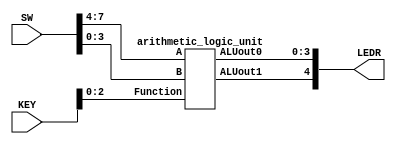
module practice(SW, KEY, LEDR);
	input [9:0] SW;
	input [9:0] KEY;
	output [9:0] LEDR;

	arithmetic_logic_unit a0(
			.A(SW[7:4]),
			.B(SW[3:0]),
			.Function(KEY[2:0]),
			.ALUout0(LEDR[3:0]),
			.ALUout1(LEDR[4])
			);

endmodule

module arithmetic_logic_unit(A, B, Function, ALUout0, ALUout1);
	input [3:0]A;
	input [3:0]B;
	input [2:0]Function;
	output [3:0]ALUout0;
	output ALUout1;
	
	wire [3:0]Connection0_0, Connection1_0;
	wire Connection0_1, Connection1_1;

	adder_curcuit u0(
			.X(A[3:0]),
			.Y(4'b0001),
			.cin(1'b0),
			.S(Connection0_0),
			.cout(Connection0_1)
			);
	
	adder_curcuit u1(
			.X(A[3:0]),
			.Y(B[3:0]),
			.cin(1'b0),
			.S(ALUout0[3:0]),
			.cout(ALUout1)
			);


endmodule

module combine(a, b, c, d, e);
	input [3:0]a;
	input b;
	input [3:0]c;
	input d;
	output [7:0]e;

	assign e = {3'b000, a, b, c, d};

endmodule


module adder_curcuit(X, Y, cin, S, cout);
	input [3:0]X;
	input [3:0]Y;
	input cin;
	output [3:0]S;
	output cout;
		
	wire Carry_wire0, Carry_wire1, Carry_wire2;
	
	four_bit_adder_piece f0(
			.a(X[0]),
			.b(Y[0]),
			.cin(cin),
			.cout(Carry_wire0),
			.s(S[0])
			);
	
	four_bit_adder_piece f1(
			.a(X[1]),
			.b(Y[1]),
			.cin(Carry_wire0),
			.cout(Carry_wire1),
			.s(S[1])
			);
	
	four_bit_adder_piece f2(
			.a(X[2]),
			.b(Y[2]),
			.cin(Carry_wire1),
			.cout(Carry_wire2),
			.s(S[2])
			);
			
	four_bit_adder_piece f3(
			.a(X[3]),
			.b(Y[3]),
			.cin(Carry_wire2),
			.cout(cout),
			.s(S[3])
			);
			
endmodule

module four_bit_adder_piece(a, b, cin, cout, s);
	input a;
	input b;
	input cin;
	output cout;
	output s;
	
	mux2to1 i0(
			.ma(b),
			.mb(cin),
			.muxsel(a^b),
			.r(cout)
			);
	
	assign s = (a^b)^cin;
	
endmodule

module mux2to1(ma, mb, muxsel, r);
	input ma;
	input mb;
	input muxsel;
	output r;
	
	assign r = (ma&~muxsel) | (mb&muxsel);
	
endmodule